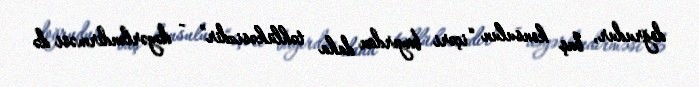
doğrudur, baş konsulun “içəri bayırdan daha təhlükəsizdir” - dəyərləndirməsi də